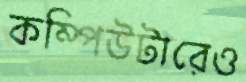
কম্পিউটারেও